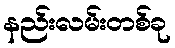
နည်းလမ်းတစ်ခု